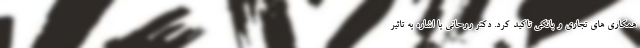
همکاری های تجاری و بانکی تاکید کرد. دکتر روحانی با اشاره به تاثیر